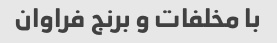
با مخلفات و برنج فراوان